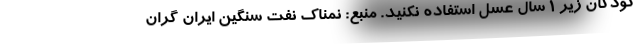
کودکان زیر 1 سال عسل استفاده نکنید. منبع: نمناک نفت سنگین ایران گران